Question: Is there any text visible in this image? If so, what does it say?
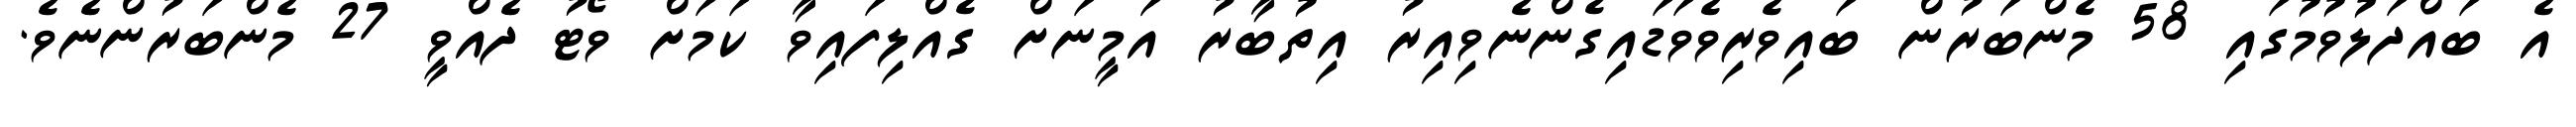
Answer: އެ ބައްދަލުވުމުގައި 58 މެންބަރުން ބައިވެރިވެވަޑައިގެންނެވިއިރު އިތުބާރު އަމީނަށް ގެއްލިފައިވާ ކަމަށް ވޯޓު ދެއްވީ 27 މެންބަރުންނެވެ.